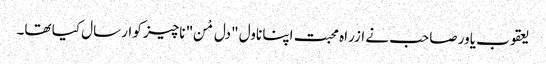
یعقوب یاور صاحب نے ازراہ محبت اپنا ناول "دل مْن" ناچیز کو ارسال کیا تھا۔